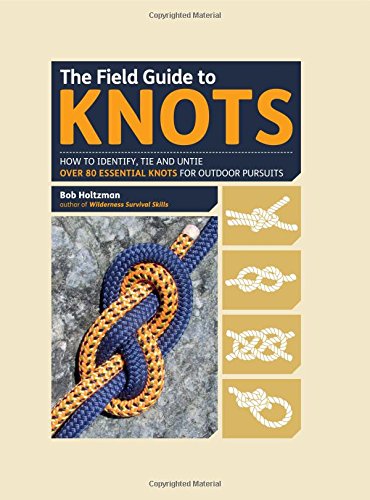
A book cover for The Field Guide to Knots: How to Identify, Tie and Untie Over 80 Essential Knots for Outdoor Pursuits; Bob Holtzman; Crafts, Hobbies & Home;